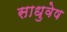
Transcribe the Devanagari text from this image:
साधुवेष